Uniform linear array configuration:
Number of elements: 48
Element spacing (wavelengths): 0.25
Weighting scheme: uniform
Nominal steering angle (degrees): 60
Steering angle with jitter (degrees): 61.373
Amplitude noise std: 0.05
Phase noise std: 0.05

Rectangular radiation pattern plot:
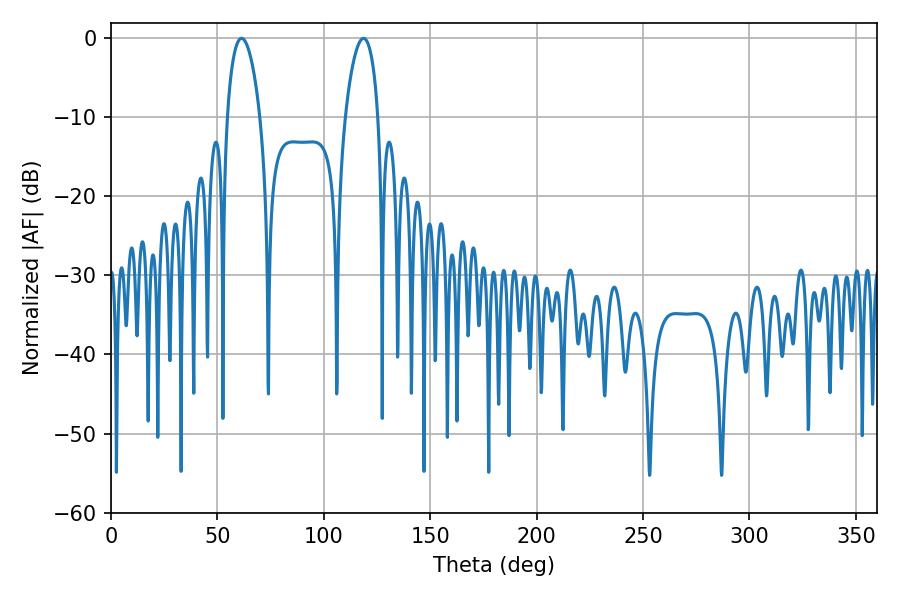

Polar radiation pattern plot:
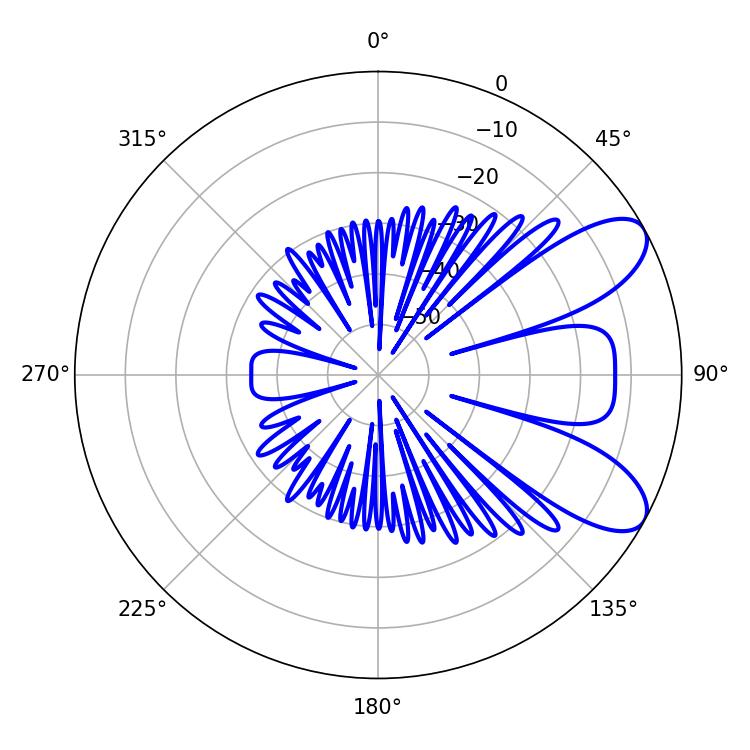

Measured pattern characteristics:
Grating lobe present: FALSE
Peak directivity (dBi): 8.115
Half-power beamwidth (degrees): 8.82
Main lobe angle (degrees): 61.38